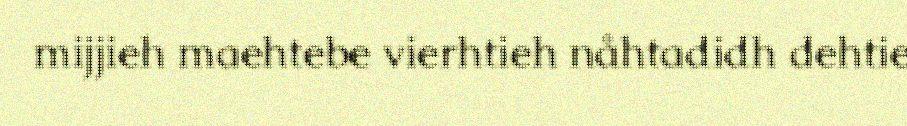
mijjieh maehtebe vierhtieh nåhtadidh dehtie